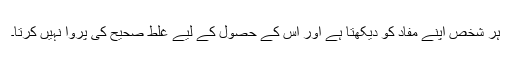
ہر شخص اپنے مفاد کو دیکھتا ہے اور اس کے حصول کے لیے غلط صحیح کی پروا نہیں کرتا۔